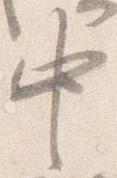
中